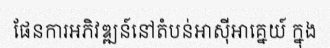
ផែនការអភិវឌ្ឍន៍នៅតំបន់អាស៊ីអាគ្នេយ៍ ក្នុង